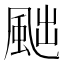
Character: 𩖷